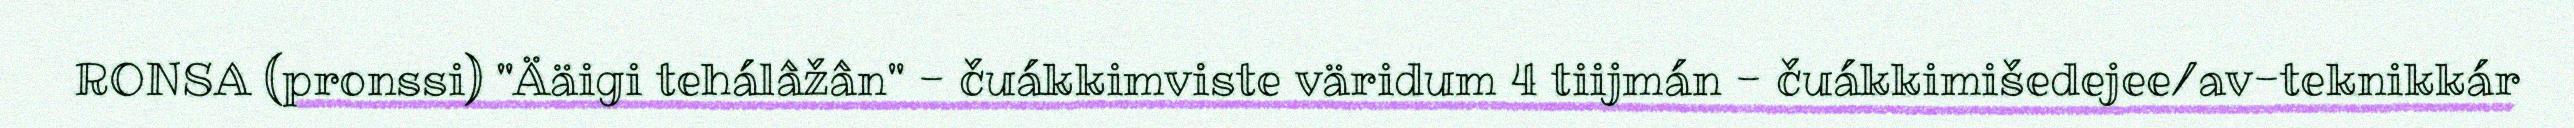
RONSA (pronssi) "Ääigi tehálâžân" - čuákkimviste väridum 4 tiijmán - čuákkimišedejee/av-teknikkár